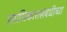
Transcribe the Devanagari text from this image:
प्रताधिकारासंबंधीच्या